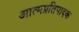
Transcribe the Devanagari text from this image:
आत्मप्रतिपादक